Vaccination North-Western Provinces and Oudh 1878-1895 - 1878-1895
Year: 1878
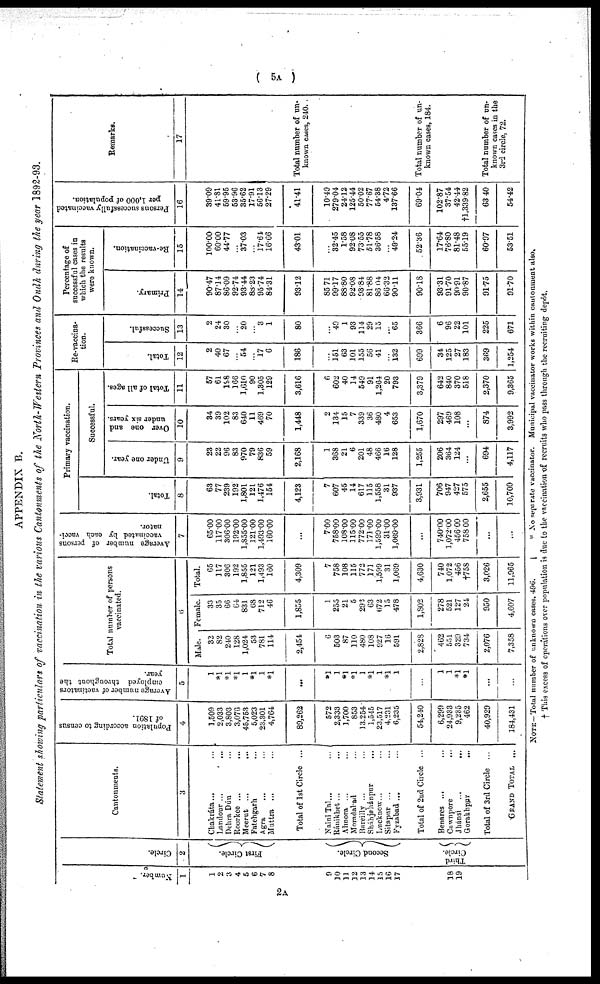
( 5A )
APPENDIX B.
Statement showing particulars of vaccination in the various Cantonments of the North-Western Provinces and Oudh during the year 1892-93.
Number.
1
1
2
3
4
5
6
7
8
9
10
11
12
13
14
15
16
17
18
19
Circle.
2
First Circle.
Second Circle.
Third Circle.
Cantonments.
3
Chakráta ... ...
Landour
...
...
Dehra Dún ...
Roorkee
...
...
Meerut
...
...
Fatehgarh ...
Agra ... ...
Muttra ... ...
Total of 1st Circle ...
Naini Tal ... ...
Ránikhet ... ...
Almora ... ...
Moradabad ...
Bareilly ... ...
Sháhjehánpur ...
Lucknow ... ...
Sitapur ... ...
Fyzabad ... ...
Total of 2nd Circle ...
Benares ... ...
Cawnpore ...
Jhánsi
...
...
Gorakhpur
...
Total of 3rd Circle ...
GRAND TOTAL ...
Population according to census
of 1891.
4
1,509
2,033
3,803
3,076
45,753
5,023
23,301
4,764
89,262
572
2,333
1,700
853
13,254
1,545
23,517
4,231
6,235
54,240
6,299
24,933
9,235
462
40,929
184,431
Average number of vactinators
employed throughout the
year.
5
1
*1
*1
*1
1
*1
1
*1
...
*1
1
*1
*1
1
*1
1
*1
1
...
1
1
*1
*1
...
...
Total number of persons
vaccinated.
6
Male.
32
82
240
128
1,024
53
781
114
2,454
6
503
87
110
480
108
927
16
591
2,828
462
551
329
734
2,076
7,358
Female.
33
35
66
64
831
68
712
46
1,855
1
255
21
5
292
63
672
15
478
1,802
278
521
127
24
950
4,607
Total.
65
117
306
192
1,855
121
1,493
160
4,309
7
758
108
115
772
171
1,599
31
1,069
4,630
740
1,072
456
†758
3,026
11,965
Average number of persons
vaccinated by each vacci-
nator.
7
65.00
117.00
306.00
192.00
1,855.00
121.00
1,493.00
160.00
...
7.00
758.00
108.00
115.00
772.00
171.00
1,599.00
31.00
1,069.00
...
740.00
1,072.00
456.00
758.00
...
...
Primary vaccination.
Total.
8
63
77
239
192
1,801
121
1,476
154
4,123
7
607
45
14
617
115
1,558
31
937
3,931
706
947
427
575
2,655
10,709
Successful.
Under one year.
9
23
22
96
83
970
79
836
59
2,168
1
368
21
6
201
48
466
16
128
1,255
206
364
124
...
694
4,117
Over one and
under six years.
10
34
39
102
83
640
11
469
70
1,448
2
134
15
7
339
36
480
4
653
1,670
297
469
108
...
874
3,992
Total of all ages.
11
57
61
198
166
1,610
90
1,305
129
3,616
6
602
40
14
549
91
1,264
20
793
3,379
642
840
370
518
2,370
9,365
Re-vaccina¬
tion.
Total.
12
2
40
67
...
54
...
17
6
186
...
151
63
101
155
56
41
...
132
699
34
125
27
183
369
1,254
Successful.
13
2
24
30
...
20
...
3
1
80
...
49
1
93
114
29
15
...
65
366
6
96
22
101
225
671
Percentage of
successful cases in
which the results
were known.
Primary.
14
90.47
87.14
86.09
92.74
93.44
88.23
95.74
84.31
93.12
85.71
99.17
88.80
92.08
93.84
81.88
86.04
66.32
90.11
90.18
93.31
91.70
90.91
90.87
91.75
91.70
Re-vaccination.
15
100.00
60.00
44.77
...
37.03
...
17.64
16.66
43.01
...
32.45
1.58
92.08
73.55
51.78
36.58
...
49.24
52.36
17.61
76.80
81.48
55.19
60.97
53.51
Persons successfully vaccinated
per 1,000 of population.
16
39.09
41.81
59.95
53.96
35.62
17.91
56.13
27.29
41.41
10.49
279.04
24.12
125.44
50.02
77.67
54.38
4.72
137.66
69.04
102.87
37.54
42.44
†1,339.82
63.40
54.42
Remarks.
17
Total number of un
known cases, 240.
Total number of un
known cases, 184.
Total number of un-
known cases in the
3rd circle, 72.
NOTE —Total number of unknown cases, 496.
* No separate vaccinator. Municipal vaccinator works within cautonment also.
† This excess of operations over population is due to the vaccination of recruits who pass through the recruiting depôt.
2A